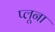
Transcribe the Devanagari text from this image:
प्लूना